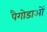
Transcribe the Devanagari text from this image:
पैगोडाओं